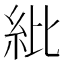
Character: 紕